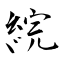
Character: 綄